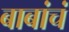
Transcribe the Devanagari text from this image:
बाबांचं